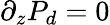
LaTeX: \partial_{z}P_{d}=0